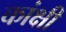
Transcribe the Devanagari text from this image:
कांक्षी